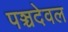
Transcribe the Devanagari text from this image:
पञ्चदेवल